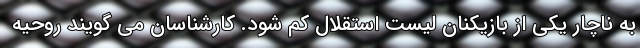
به ناچار یکی از بازیکنان لیست استقلال کم شود. کارشناسان می گویند روحیه